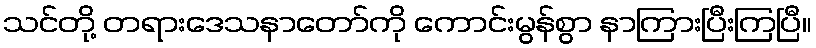
သင်တို့ တရားဒေသနာတော်ကို ကောင်းမွန်စွာ နာကြားပြီးကြပြီ။